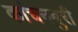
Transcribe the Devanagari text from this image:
कांचनबुरी